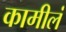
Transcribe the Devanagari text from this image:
कामीलं